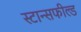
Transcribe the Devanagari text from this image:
स्टान्सफील्ड